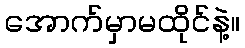
အောက်မှာမထိုင်နဲ့။